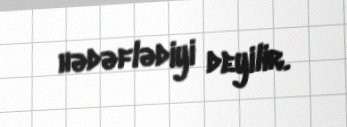
hədəflədiyi deyilir.